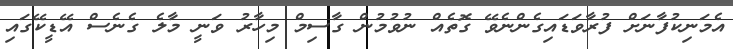
އެމަނިކުފާނަށް ފުރާވަޑައިގެންނެވޭ ގޮތެއް ނުވުމުން ގާސިމް މިހާރު ވަނީ މާލެ ގެނެސް އޭޑީކޭގައި